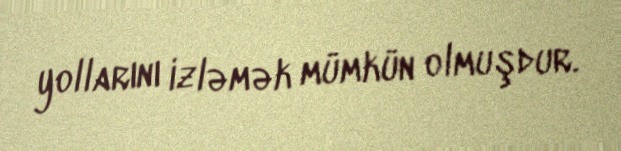
yollarını izləmək mümkün olmuşdur.